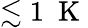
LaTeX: \lesssim 1~\mathrm{~K~}